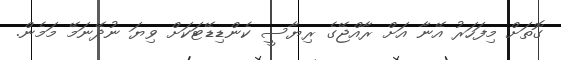
ގޮތަށް މިފަހަރު އޭނާ އަށް ރާއްޖޭގެ ރިޔާސީ ކެންޑިޑޭޓަކަށް ވިޔަ ނުދޭނަމޭ މަމެން.